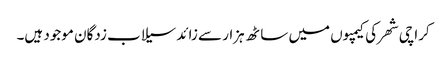
کراچی شھر کی کیمپوں میں ساٹھ ہزار سے زائد سیلاب زدگان موجود ہیں۔